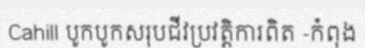
Cahill បូកបូកសរុបជីវប្រវត្តិការពិត -កំពុង